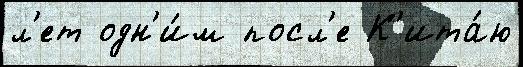
л'ет одн'и́м посл'е К'ита́ю